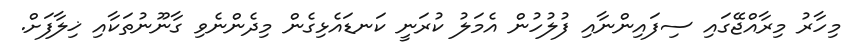
މިހާރު މިރާއްޖޭގައި ސިފައިންނާއި ފުލުހުން އެމަލު ކުރަނީ ކަނޑައެޅިގެން މިދެންނެވި ގާނޫނުތަކާއި ޚިލާފަށް.